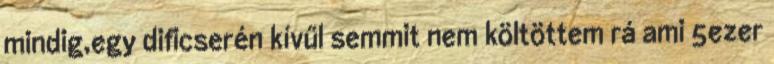
mindig,egy dificserén kívűl semmit nem költöttem rá ami 5ezer